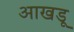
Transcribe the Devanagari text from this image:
आखडू